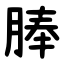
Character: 䏾